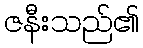
ဇနီးသည်၏